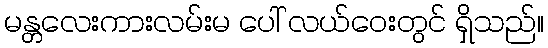
မန္တလေးကားလမ်းမ ပေါ် လယ်ဝေးတွင် ရှိသည်။